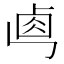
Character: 𠧷